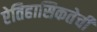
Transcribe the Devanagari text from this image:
ऐतिहासिकतेची